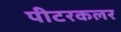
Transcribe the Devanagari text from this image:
पीटरकलर